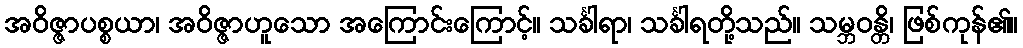
အဝိဇ္ဇာပစ္စယာ၊ အဝိဇ္ဇာဟူသော အကြောင်းကြောင့်။ သင်္ခါရာ၊ သင်္ခါရတို့သည်။ သမ္ဘဝန္တိ၊ ဖြစ်ကုန်၏။